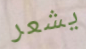
يشعر